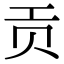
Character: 贡